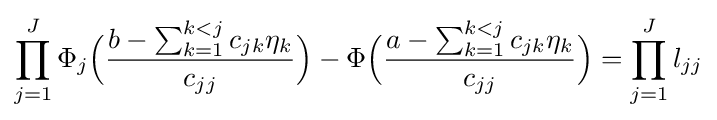
\prod _{j=1}^{J}\Phi _{j}{\Big (}{\frac {b-\sum _{k=1}^{k<j}c_{jk}\eta _{k}}{c_{jj}}}{\Big )}-\Phi {\Big (}{\frac {a-\sum _{k=1}^{k<j}c_{jk}\eta _{k}}{c_{jj}}}{\Big )}=\prod _{j=1}^{J}l_{jj}